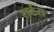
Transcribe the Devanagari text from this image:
शर्टस